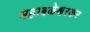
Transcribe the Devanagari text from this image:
महाबळेश्वरकर